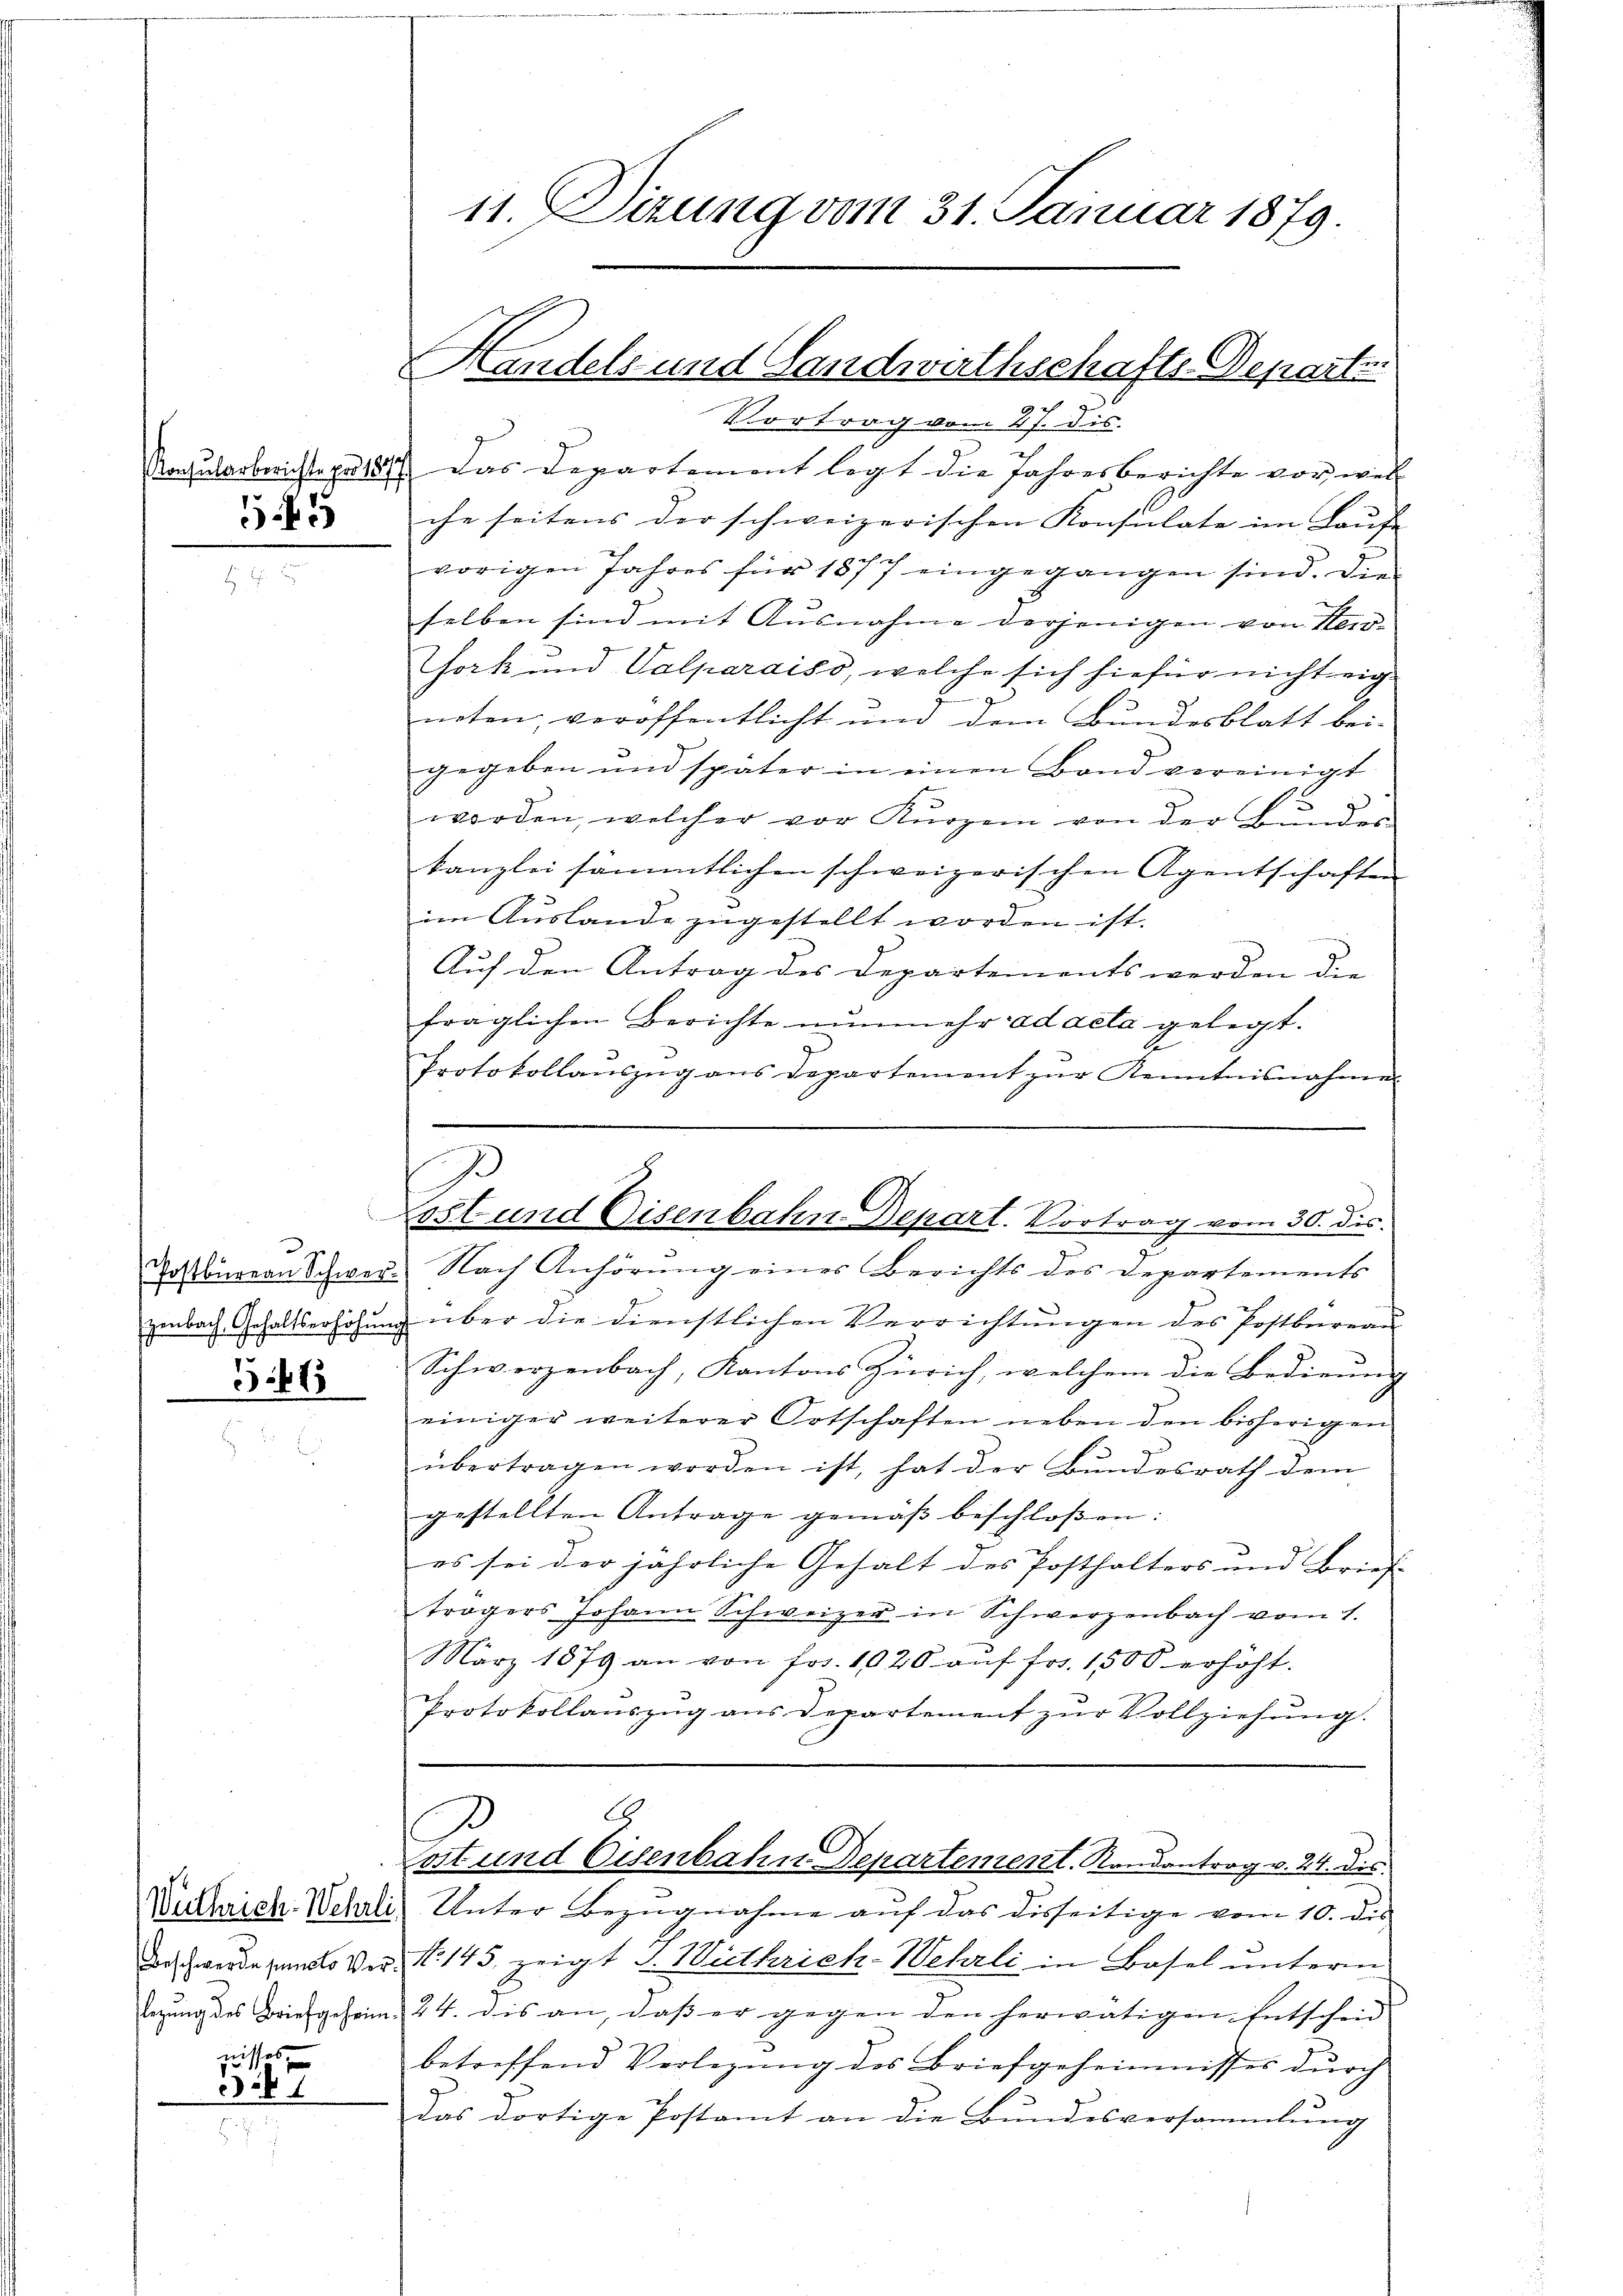
545

366

nisses,

31

Vortrag vom 27. dis
Rochulorberichts pr 121. Das Departement legt die Jahresberichte vor wel
che seitens der schweizerischen Konsulate im Laufe
vorigen Jahres für 1877 eingegangen sind. Die
selben sind mit Ausnahme derjenigen von Heir
sork und Valparaiso, welche sich hiefür nicht eig
g
neten, veröffentlicht und dem Bundesblatt bei-
gegeben und später in einen Band vereinigt
worden, welcher vor Kurzem von der Ge
kanzlei sämmtlichen schweizerischen Agentschaften
im Auslande zugestellt worden ist.
Auf den Antrag des Departements werden die
fraglichen Berichte nunmehr ad acta gelegt.
Protokollaŭszŭg ans departement zŭr Kenntnisnahme
Toßbuaran Schwer. Nach Anhörung eines Berichts des Departements
zenbach Gehaltserhöhung über die dienstlichen Verrichtungen des Postbureau
Schwerzenbach, Kantons Zürich, welchem die Bedienung
einiger weiterer Ortschaften neben den bisherigen
übertragen worden ist, hat der Bŭndesrath dem
gestellten Antrage gemäβ beschloßen:
es sei der jährliche Gehalt des Posthalters und Brief- |
trägers Johann Schweizer in Schwerzenbach vom 4.
März 1879 an von frs. 1020 aŭf frs. 1500 erhöht.
Protokollanszŭg ans Departement zŭr Vollziehŭng.
A
p
Lott und Eisenbahn Departement. Randantrag v. 24. die
Vertharich. Wehrli, Unter Bezugnahme auf das disseitige vom 10. die
Aschwerde und Ver, No 145, zeigt I. Wirthrich-Wehrli in Basel unterm
legŭng des Brief geheim. 24. dis an, daβ er gegen den herwätigen Entscheid
betreffend Verlegŭng des Briefgeheimnisses dŭrch
Das dortige Postamt an die Bundesversammlung

11. Sizung vom 31. Januar 1879.

Handels und Landwirthschafts-Departe

.
g
Lost und Eisenbahn Depart. Vortrag vom 30. dis.